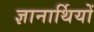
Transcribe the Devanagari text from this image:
ज्ञानार्थियों